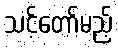
သင့်တော်မည့်